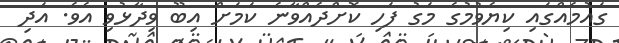
ގައުމެއްގައި ކިޔެވުމުގެ މަގު ފަހި ކޮށްދެއްވާނެ ކަމަށް އިބޫ ވިދާޅުވި އެވެ. އަދި